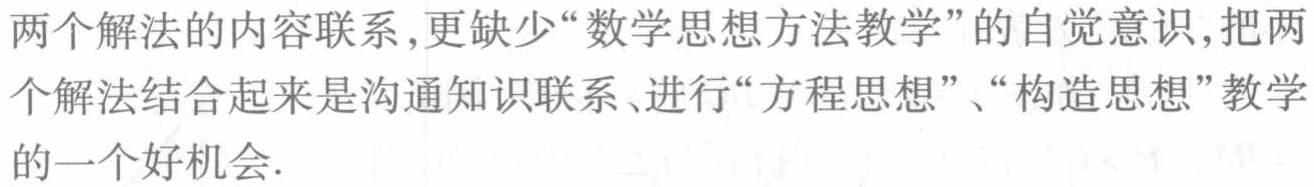
两个解法的内容联系,更缺少“数学思想方法教学”的自觉意识,把两个解法结合起来是沟通知识联系、进行“方程思想”、“构造思想”教学的一个好机会.